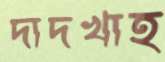
দাদখাহ